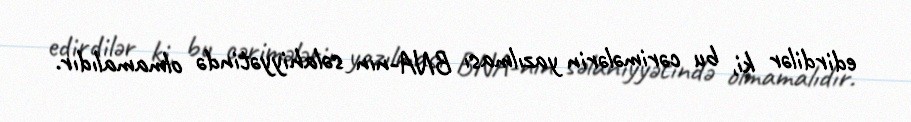
edirdilər ki, bu cərimələrin yazılması BNA-nın səlahiyyətində olmamalıdır.